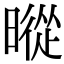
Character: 暰